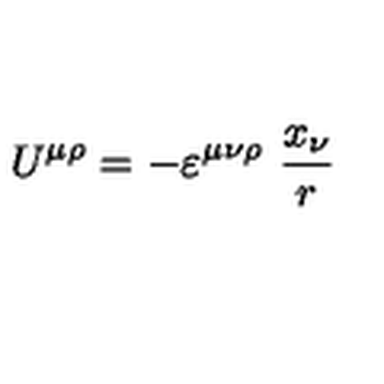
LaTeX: U ^ { \mu \rho } = - \varepsilon ^ { \mu \nu \rho } \ \frac { x _ { \nu } } { r }